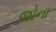
જોના